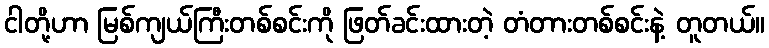
ငါတို့ဟာ မြစ်ကျယ်ကြီးတစ်စင်းကို ဖြတ်ခင်းထားတဲ့ တံတားတစ်စင်းနဲ့ တူတယ်။